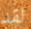
لقد